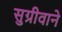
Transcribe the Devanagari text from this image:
सुग्रीवाने